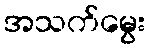
အသက်မွေး